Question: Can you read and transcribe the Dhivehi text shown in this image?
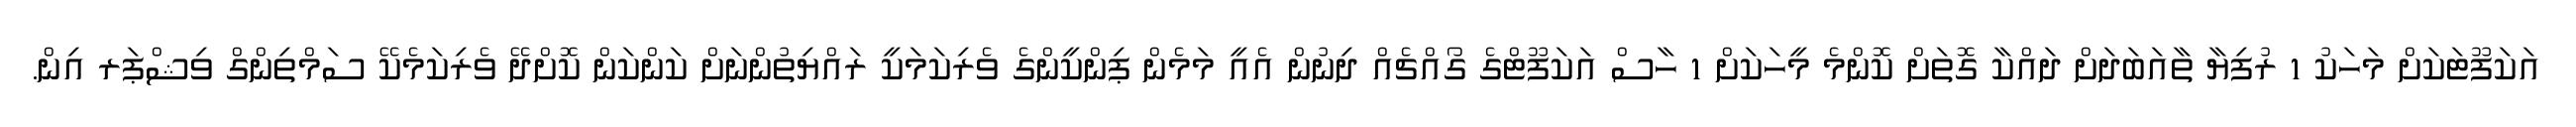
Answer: އަކަފޫޓަކަށް މަހަކު 1 ރުފިޔާ ތާއަބަދަށް ދައްކާ ގޮތަށް ކޮންމެ މީހަކަށް 1 ހާސް އަކަފޫޓްގެ ގޯއްޗެއް ދިނުން އެއީ މަމެން ޕިންކީންގެ ވެރިކަމަކީ ރައްޔިތުންނަށް ކަންކަން ކޮށްދޭ ވެރިކަމެކޭ ސަމްތިންގް ވިޝްޕަރ އިން.